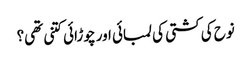
نوح کی کشتی کی لمبائی اور چوڑائی کتنی تھی؟